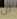
لن